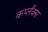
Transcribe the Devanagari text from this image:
कर्प्लंक्स